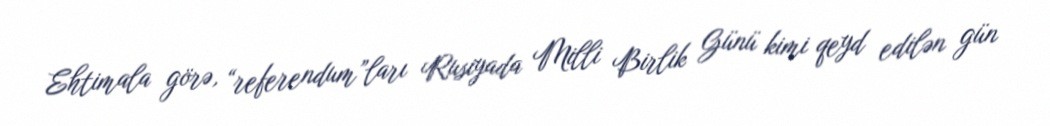
Ehtimala görə, “referendum”ları Rusiyada Milli Birlik Günü kimi qeyd edilən gün